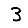
Digit: 3